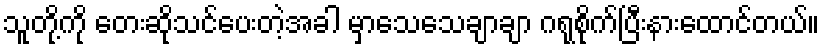
သူတို့ကို တေးဆိုသင်ပေးတဲ့အခါ မှာသေသေချာချာ ဂရုစိုက်ပြီးနားထောင်တယ်။